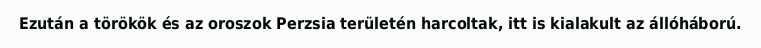
Ezután a törökök és az oroszok Perzsia területén harcoltak, itt is kialakult az állóháború.